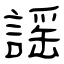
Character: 謡